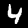
Label: 4